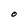
Character: O